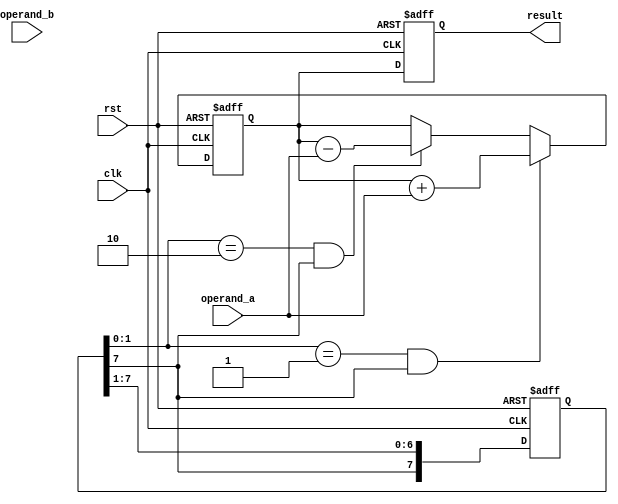
module booth_multiplier (
  input [3:0] operand_a,
  input [3:0] operand_b,
  input clk,
  input rst,
  output reg [7:0] result
);

reg [7:0] partial_product;
reg [7:0] accumulator;

always @ (posedge clk or posedge rst)
begin
  if (rst)
  begin
    partial_product <= 8'b0;
    accumulator <= 8'b0;
  end
  else
  begin
    if (partial_product[1:0] == 2'b01 && partial_product[7] == 1)
      accumulator <= accumulator + operand_a;
    else if (partial_product[1:0] == 2'b10 && partial_product[7] == 1)
      accumulator <= accumulator - operand_a;
      
    partial_product <= {partial_product[7], partial_product[7:1]};
  end
end

always @ (posedge clk or posedge rst)
begin
  if (rst)
    result <= 8'b0;
  else
    result <= accumulator;
end

endmodule